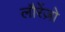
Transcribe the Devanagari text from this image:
लौरेंज़ो